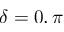
\delta = 0 , \pi